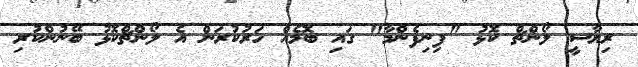
ރިޔާސީ ލޯންޗް ކޮޅު "ފިނިފެންމާ" ގައި ބޮމެއް ހަރުކުރަން އެ ލޯންޗްކޮޅު ބޭނުންކުރި